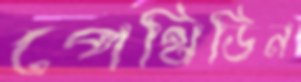
পেথিডিন